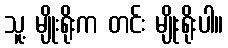
သူ့ မျိုးရိုးက တင်း မျိုးရိုးပါ။